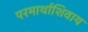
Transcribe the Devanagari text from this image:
परमार्थाशिवाय